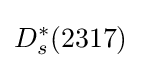
D_{s}^{*}(2317)